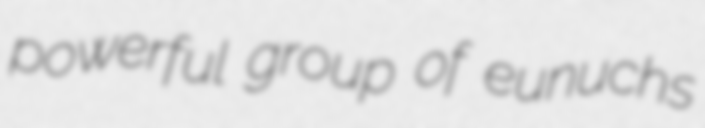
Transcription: powerful group of eunuchs